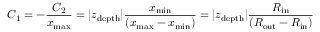
C _ { 1 } = - \frac { C _ { 2 } } { x _ { \mathrm { m a x } } } = \vert z _ { \mathrm { d e p t h } } \vert \frac { x _ { \mathrm { m i n } } } { \left( x _ { \mathrm { m a x } } - x _ { \mathrm { m i n } } \right) } = \vert z _ { \mathrm { d e p t h } } \vert \frac { R _ { \mathrm { i n } } } { \left( R _ { \mathrm { o u t } } - R _ { \mathrm { i n } } \right) }